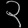
Digit: ၃